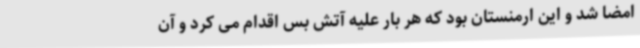
امضا شد و این ارمنستان بود که هر بار علیه آتش بس اقدام می کرد و آن